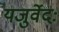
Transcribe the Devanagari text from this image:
यजुर्वेदः